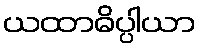
ယထာဓိပ္ပါယာ